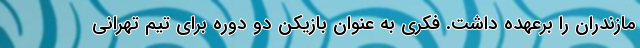
مازندران را برعهده داشت. فکری به عنوان بازیکن دو دوره برای تیم تهرانی